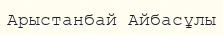
Арыстанбай Айбасұлы